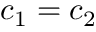
c _ { 1 } = c _ { 2 }